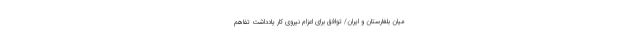
میان بلغارستان و ایران/ توافق برای اعزام نیروی کار یادداشت تفاهم